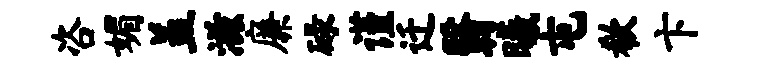
咨媚盖滋廉碌谨迁翳曦屯欷卞